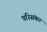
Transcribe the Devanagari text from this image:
परिसंकट